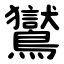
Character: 鸑